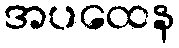
အပထေန